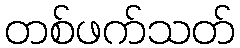
တစ်ဖက်သတ်